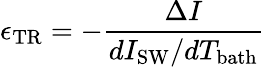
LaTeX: \epsilon_{\mathrm{TR}}=-\frac{\Delta I}{dI_{\mathrm{SW}}/dT_{\mathrm{bath}}}